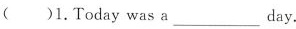
( )1. Today was a ___ day.